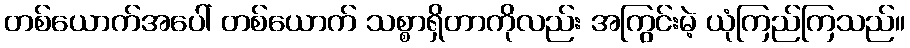
တစ်ယောက်အပေါ် တစ်ယောက် သစ္စာရှိတာကိုလည်း အကြွင်းမဲ့ ယုံကြည်ကြသည်။